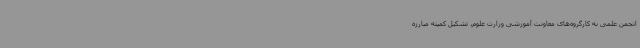
انجمن علمی به کارگروه‌های معاونت آموزشی وزارت علوم، تشکیل کمیته مبارزه